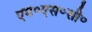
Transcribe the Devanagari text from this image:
एम॰एस॰सी॰